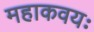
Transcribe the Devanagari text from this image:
महाकवयः